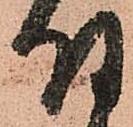
付